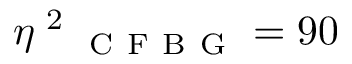
\eta \textsuperscript { 2 } _ { \mathrm { ~ C ~ F ~ B ~ G ~ } } = 9 0 \